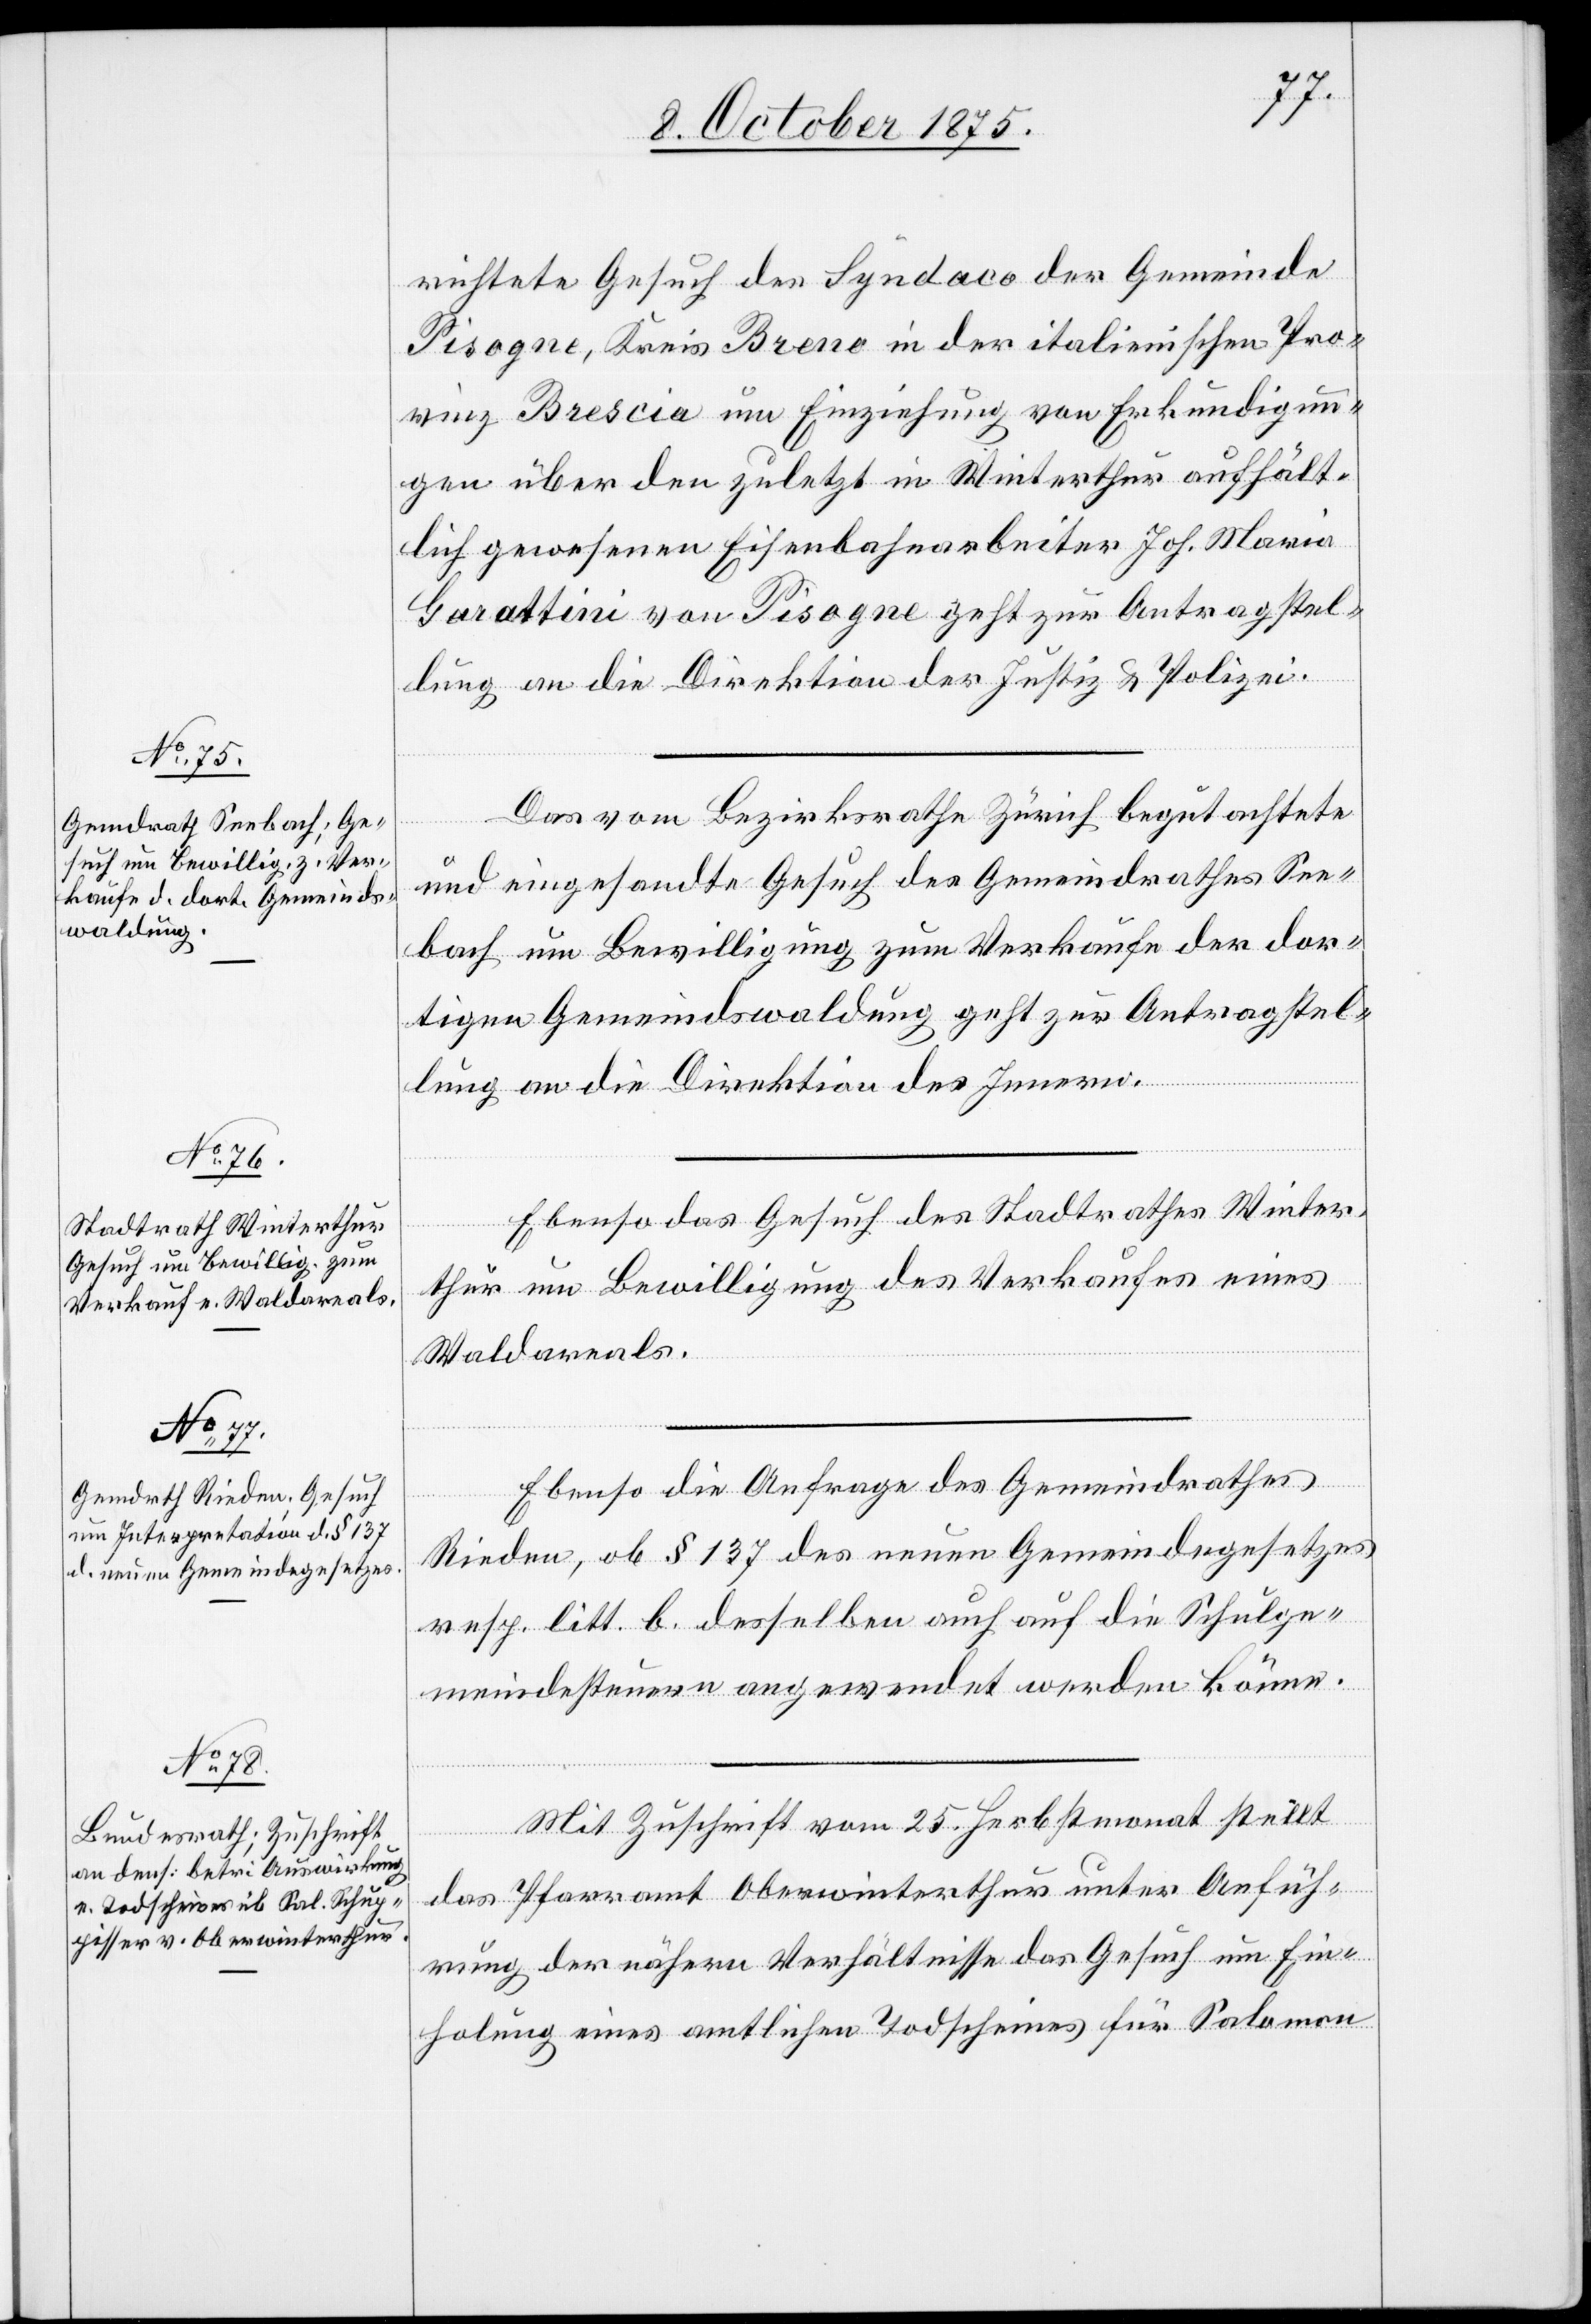
zur

11. October 1875.]
richtete Gesuch des Syndaco der Gemeinde
Pisogne, Kreis Breno in der italienische Pro¬
vinz Brescia um Einziehung von Erkundigun¬
gen über den zuletzt in Winterthur aufhält¬
lich gewesenen Eisenbahnarbeiter Joh. Maria
lung an die Direktion der Justiz & Polizei.
Das vom Bezirksrathe Zürich begutachtete
und eingesandte Gesuch des Gemeindrathes See¬
bach um Bewilligung zum Verkaufe der dor¬
tigen Gemeindswaldung geht zur Antragstel¬
lung an die Direktion des Innern.
Ebenso das Gesuch des Stadtrathes Winter¬
thur um Bewilligung des Verkaufes eines
Waldareals.
Ebenso die Anfrage des Gemeindrathes
erfügungen.
Rieden, ob § 137 des neuen Gemeindegesetzes
resp. litt. b. desselben auch auf die Schulge¬
meindesteuern angewendet werden könne.
Mit Zuschrift vom 25. Herbstmonat stellt
von Pisogne
das Pfarramt Oberwinterthur unter Anfüh¬
rung der nähern Verhältnisse das Gesuch um Ein¬
holung eines amtlichen Todscheines für Salomon